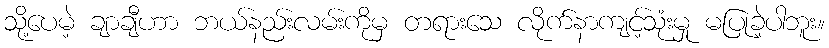
သို့ပေမဲ့ ချာချီဟာ ဘယ်နည်းလမ်းကိုမှ တရားသေ လိုက်နာကျင့်သုံးမှု မပြုခဲ့ပါဘူး။